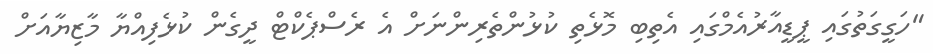
"ހަގީގަތުގައި ޕީޑީއާރުއެމްގައި އެތިބި މޮޅެތި ކުޅުންތެރިންނަށް އެ ރެސްޕެކްޓް ދީގެން ކުޅެފިއްޔާ މާޒިޔާއަށް